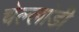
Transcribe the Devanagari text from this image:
चेल्लांडी